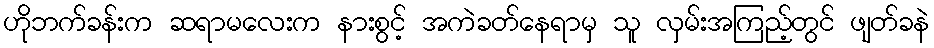
ဟိုဘက်ခန်းက ဆရာမလေးက နားစွင့် အကဲခတ်နေရာမှ သူ လှမ်းအကြည့်တွင် ဖျတ်ခနဲ